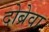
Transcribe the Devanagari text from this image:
दोब्रेवा